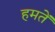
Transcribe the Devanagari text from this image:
हमतें